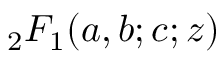
{ _ 2 F _ { 1 } } ( a , b ; c ; z )